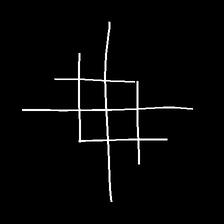
Glyph: crystal